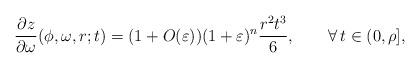
LaTeX: \begin{align*} \frac{\partial z}{\partial \omega}(\phi,\omega,r;t) = (1+ O(\varepsilon))(1+\varepsilon)^{n}\frac{r^2t^3}{6},\qquad\forall\, t\in (0,\rho], \end{align*}